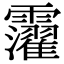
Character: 𩆸